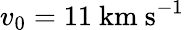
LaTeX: v_{0}=11~\mathrm{km~s}^{-1}